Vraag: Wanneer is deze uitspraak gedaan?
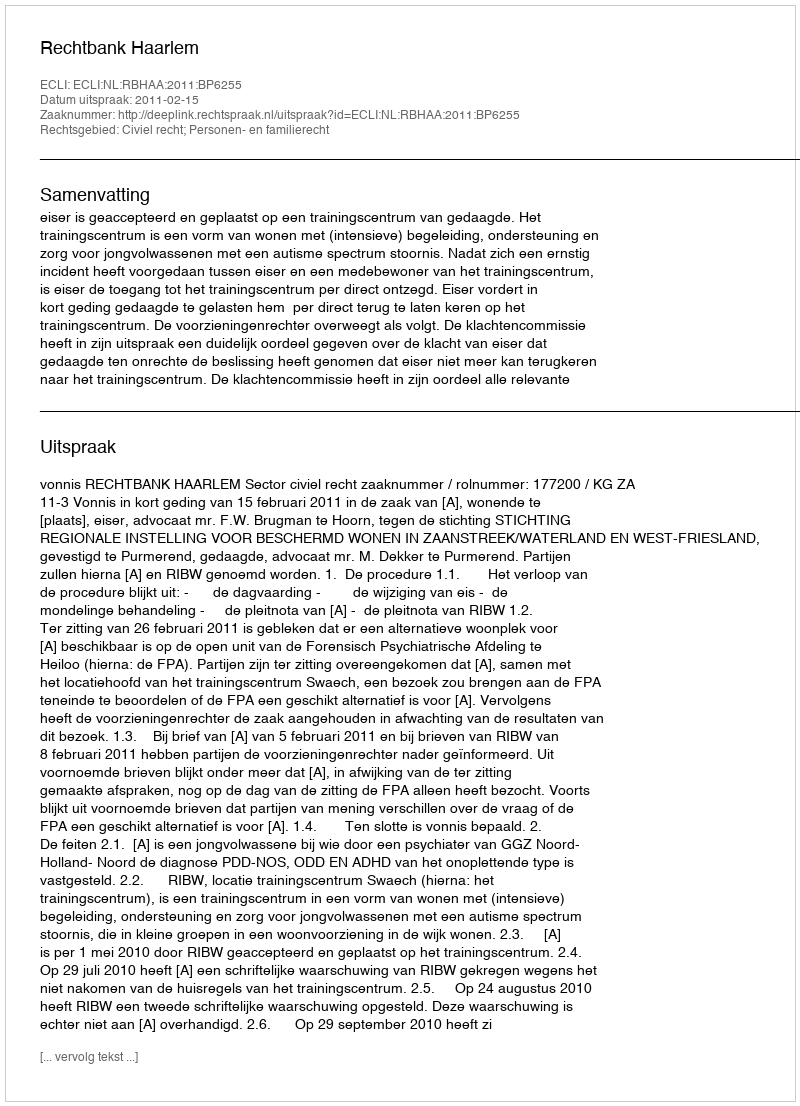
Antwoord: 2011-02-15